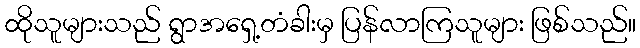
ထိုသူများသည် ရွာအရှေ့တံခါးမှ ပြန်လာကြသူများ ဖြစ်သည်။